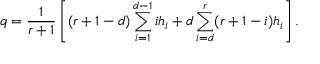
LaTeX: q = \frac { 1 } { r + 1 } \left[ ( r + 1 - d ) \sum _ { i = 1 } ^ { d - 1 } i h _ { i } + d \sum _ { i = d } ^ { r } ( r + 1 - i ) h _ { i } \right] .